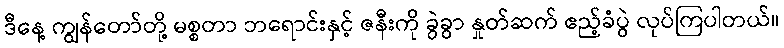
ဒီနေ့ ကျွန်တော်တို့ မစ္စတာ ဘရောင်းနှင့် ဇနီးကို ခွဲခွာ နှုတ်ဆက် ဧည့်ခံပွဲ လုပ်ကြပါတယ်။